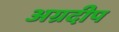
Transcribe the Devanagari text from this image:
अग्रदीप